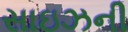
સાઇઝની